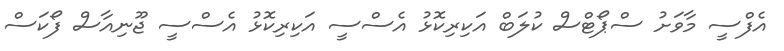
އެފްސީ މާވަށު ސްޕޯޓްސް ކުލަބް އަކިރިކޮޅު އެސްސީ އަކިރިކޮޅު އެސްސީ ޖޫނިއާސް ފޯކަސް